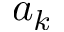
a _ { k }